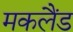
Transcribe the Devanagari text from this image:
मकलैंड